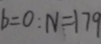
b = 0 : N = 1 7 9